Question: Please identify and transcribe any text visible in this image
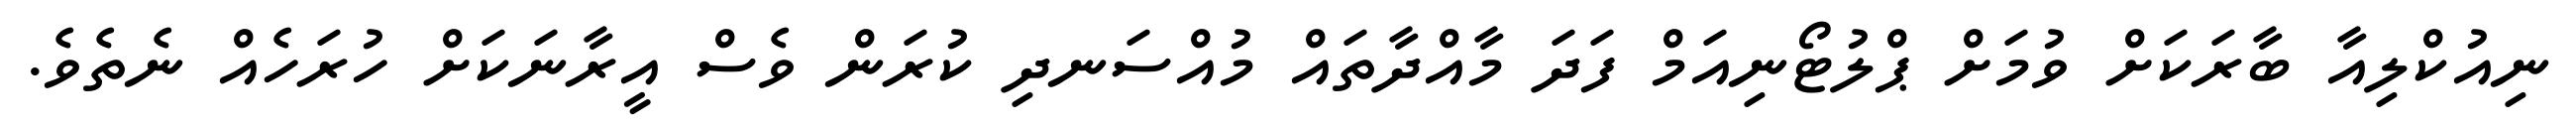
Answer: ނިއުކްލިއާ ބާރަކަށް ވުމަށް ޕްލުޓޯނިއަމް ފަދަ މާއްދާތައް މުއްސަނދި ކުރަން ވެސް އީރާނަކަށް ހުރަހެއް ނެތެވެ.